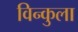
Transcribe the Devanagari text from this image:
विन्कुला